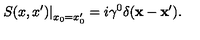
\left. S ( x , x ^ { \prime } ) \right| _ { x _ { 0 } = x _ { 0 } ^ { \prime } } = i \gamma ^ { 0 } \delta ( { \bf x } - { \bf x } ^ { \prime } ) .